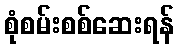
စုံစမ်းစစ်ဆေးရန်